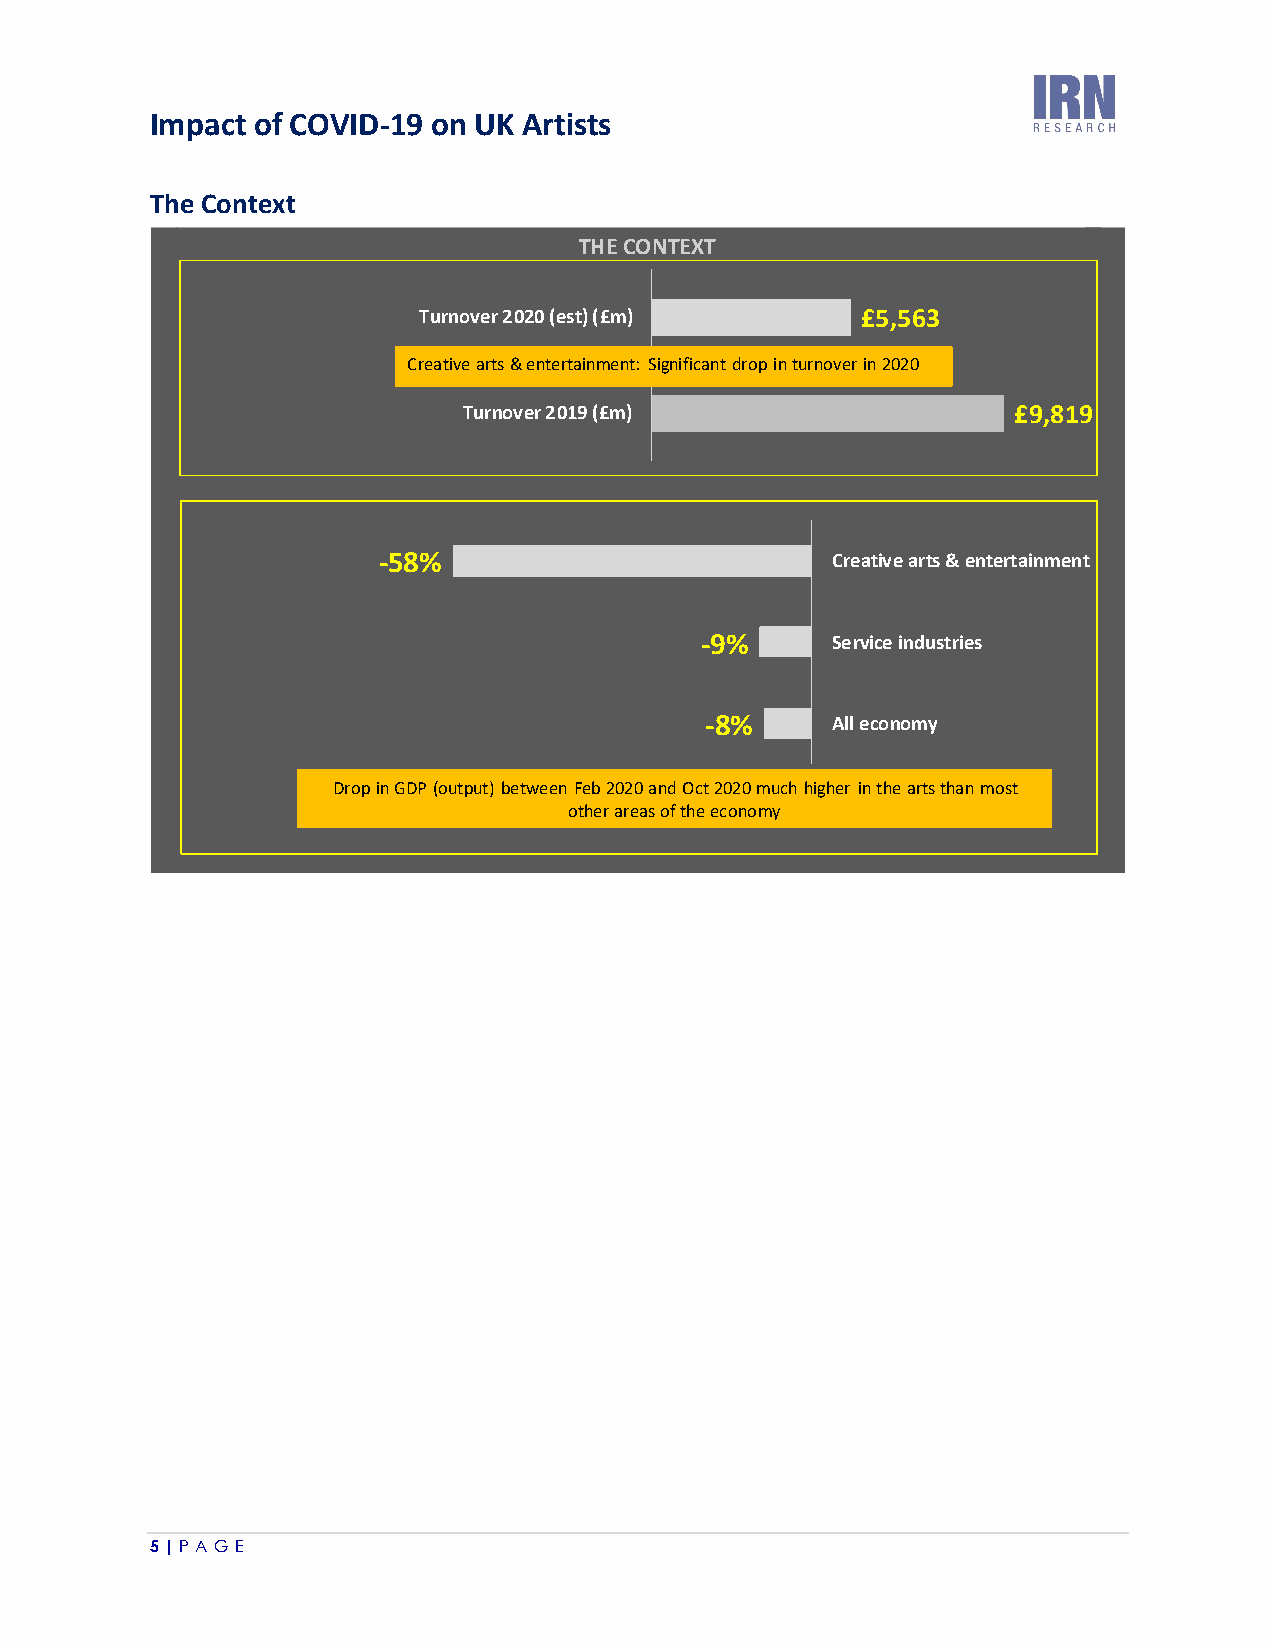
Impact of COVID-19 on UK Artists
 The Context
 5 | P A G E
 D ro
 -
 -7 0p in
 5
 % G
 C
 8
 D
 T u r n o
 re a tiv e
 T
 %
 -6 0 %P (o u tp
 v e r 2 0 2
 a rts & e
 u r n o v e
 -5 0 %u t) b e tw
 T H E C O N T E X T
 0 ( e s t ) ( £ m )
 n te rta in m e n t: S ig n ific a n t d ro p
 r 2 0 1 9 ( £ m )
 - 9 %
 - 8 %
 -4 0 % -3 0 % -2 0 % -1 0 %e e n F e b 2 0 2 0 a n d O c t 2 0 2 0 mo
 th e r a re a s o f th e e c o n o m
 in
 u cy
 tu rn o
 0 %h h ig h
 £ 5
 v e r in 2
 C r e a t iv
 S e r v ic e
 A ll e c o
 e r in th
 , 5 6 3
 0 2 0
 e a r ts & e
 in d u s t r ie
 n o m y
 e a rts th a n
 n t
 s
 m
 e
 o
 £ 9
 r t a in
 s t
 , 8
 m
 1
 e n
 9
 t